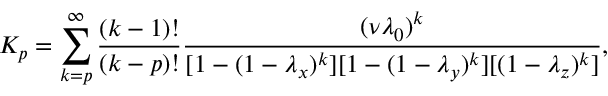
K _ { p } = \sum _ { k = p } ^ { \infty } \frac { ( k - 1 ) ! } { ( k - p ) ! } \frac { ( \nu \lambda _ { 0 } ) ^ { k } } { [ 1 - ( 1 - \lambda _ { x } ) ^ { k } ] [ 1 - ( 1 - \lambda _ { y } ) ^ { k } ] [ ( 1 - \lambda _ { z } ) ^ { k } ] } ,